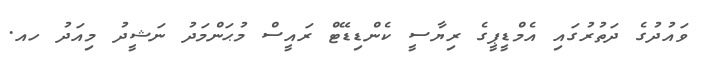
ވައުދުގެ ދަތުރުގައި އެމްޑީޕީގެ ރިޔާސީ ކެންޑިޑޭޓް ރައީސް މުޙަންމަދު ނަޝީދު މިއަދު ހއ.